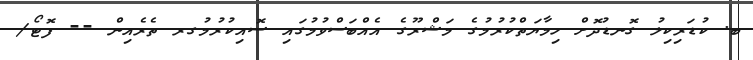
ބ. ކުޑަރިކިލު ގޮނޑުދޮށް ހިމާޔަތްކުރުމުގެ މަޝްރޫގެ އެއްބަސްވުމުގައި ސޮއިކުރުމުގރ ތެރެއިން -- ފޮޓޯ/